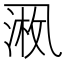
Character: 𪜚